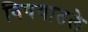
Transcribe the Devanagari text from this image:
विषयातले